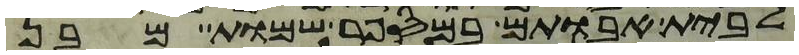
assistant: לבית אבותם במספר שמות מבן